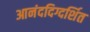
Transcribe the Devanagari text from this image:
आनंददिग्दर्शित